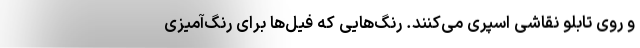
و روی تابلو نقاشی اسپری می‌کنند. رنگ‌هایی که فیل‌ها برای رنگ‌آمیزی